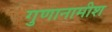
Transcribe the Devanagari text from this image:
गुणानामीश